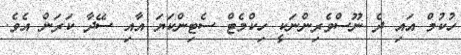
ހުކުމް އައި ދެ ނޫސްވެރިންނަކީ ހިކްމެޓް ސެޓިންކަޔަ އާއި ސޭދާ ކަރަން އެވެ.